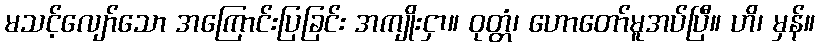
မသင့်လျော်သော အကြောင်းပြခြင်း အကျိုးငှာ။ ဝုတ္တံ၊ ဟောတော်မူအပ်ပြီ။ ဟိ၊ မှန်။